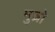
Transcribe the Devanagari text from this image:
मुज़ो